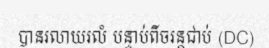
បានរលាយរលំ បន្ទាប់ពីចរន្តជាប់ (DC)